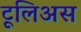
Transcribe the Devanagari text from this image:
टूलिअस